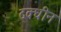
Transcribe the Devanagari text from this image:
दक्धीन